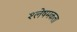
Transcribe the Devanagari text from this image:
श्लेषमकता